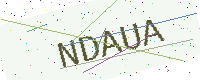
Text: NDAUA